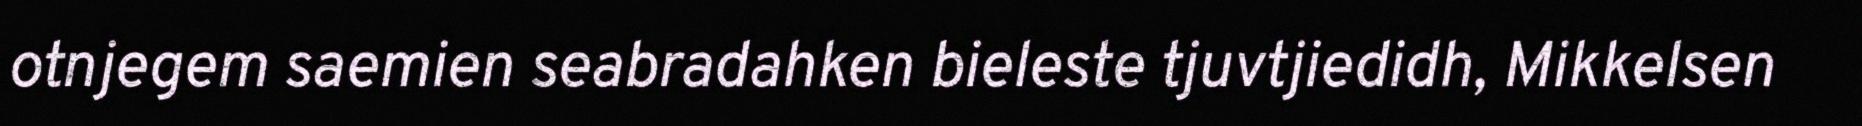
otnjegem saemien seabradahken bieleste tjuvtjiedidh, Mikkelsen